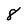
Character: 8